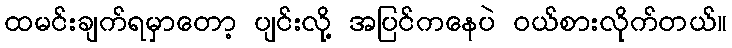
ထမင်းချက်ရမှာတော့ ပျင်းလို့ အပြင်ကနေပဲ ဝယ်စားလိုက်တယ်။